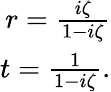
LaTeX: \begin{array}{r}{r=\frac{i\zeta}{1-i\zeta}}\\ {t=\frac{1}{1-i\zeta}.}\end{array}